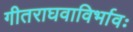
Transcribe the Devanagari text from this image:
गीतराघवाविर्भावः